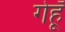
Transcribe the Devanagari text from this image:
गेहूॅ